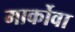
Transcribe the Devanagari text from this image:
मार्कोवा